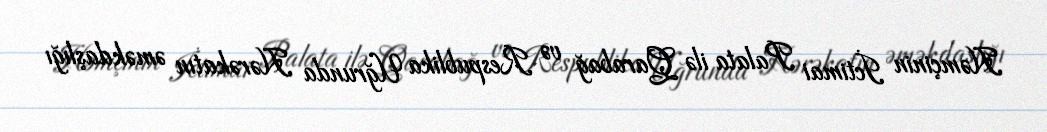
Həmçinin İctimai Palata ilə Qarabağ və Respublika Uğrunda Hərəkatın əməkdaşlığı